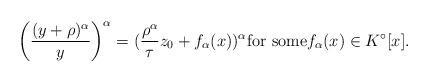
LaTeX: \begin{align*}\left(\frac{(y+\rho)^{\alpha}}{y} \right)^{\alpha}=(\frac{\rho^\alpha}{\tau}z_0+f_{\alpha}(x))^{\alpha} \mbox{for some} f_\alpha(x) \in K^\circ[x].\end{align*}